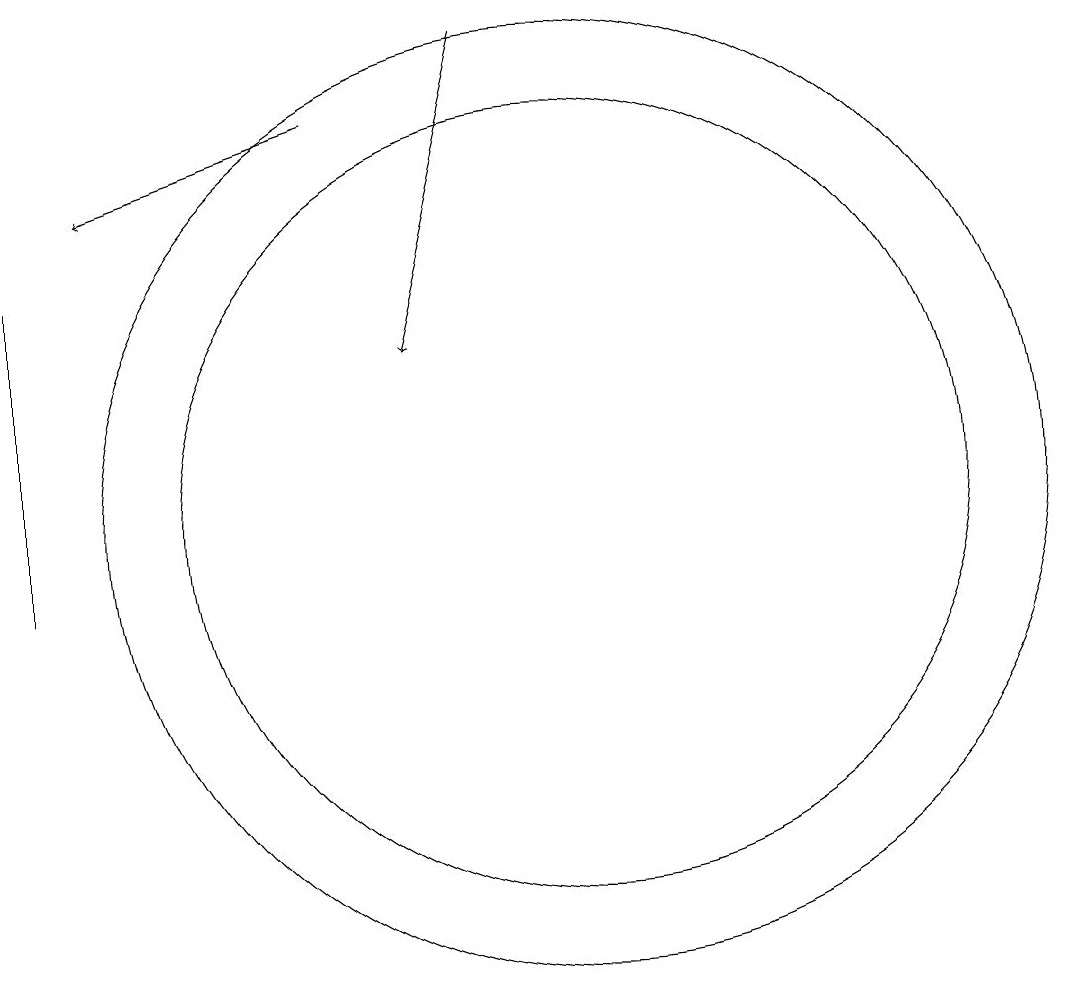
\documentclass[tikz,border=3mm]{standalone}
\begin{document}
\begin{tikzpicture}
\draw (3,14) rectangle (3,10);
\draw[->] (9,17) -- (8,13);
\draw (10,11) circle (5);
\draw[->] (7,16) -- (4,15);
\draw (10,11) circle (6);
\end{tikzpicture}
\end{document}